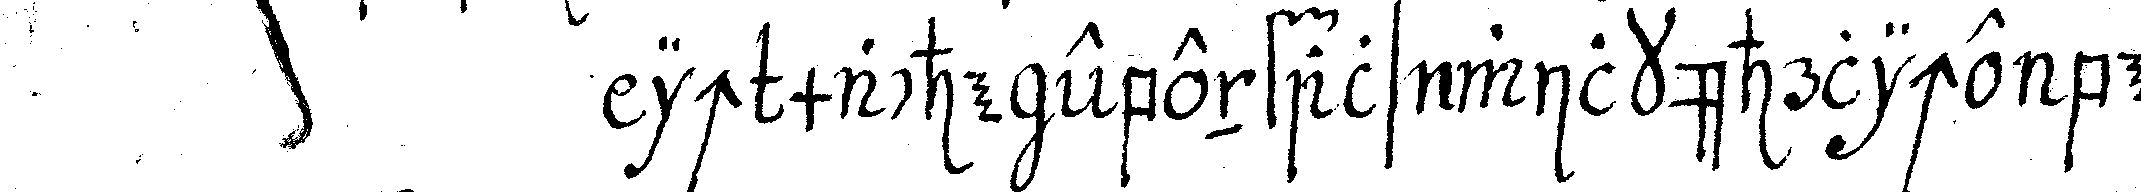
ich mache ebenfals wilkührliche bewe